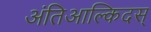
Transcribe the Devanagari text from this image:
अंतिआल्किदस्